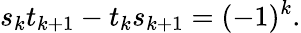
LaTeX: s_{k}t_{k+1}-t_{k}s_{k+1}=(-1)^{k}.